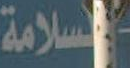
السلامة